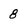
Character: 8